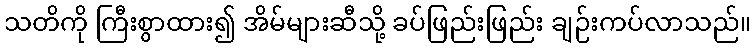
သတိကို ကြီးစွာထား၍ အိမ်များဆီသို့ ခပ်ဖြည်းဖြည်း ချဉ်းကပ်လာသည်။